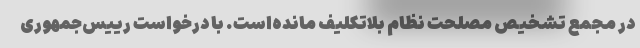
در مجمع تشخیص مصلحت نظام بلاتکلیف مانده‌است. با درخواست رییس‌جمهوری